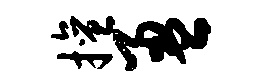
擅盈